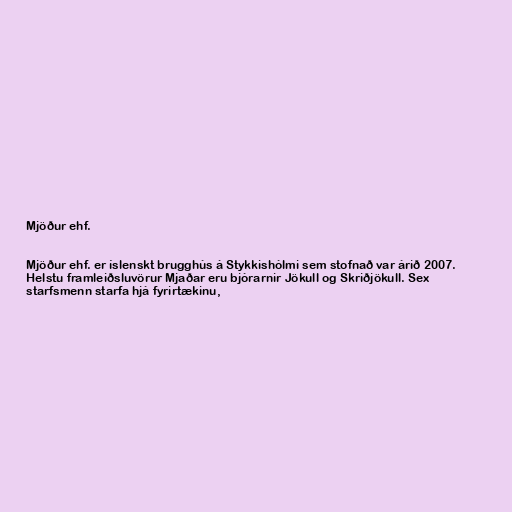
Mjöður ehf.

Mjöður ehf. er íslenskt brugghús á Stykkishólmi sem stofnað var árið 2007.
Helstu framleiðsluvörur Mjaðar eru bjórarnir Jökull og Skriðjökull. Sex
starfsmenn starfa hjá fyrirtækinu,